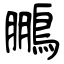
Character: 鵬